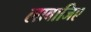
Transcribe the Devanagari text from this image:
लावाजिए